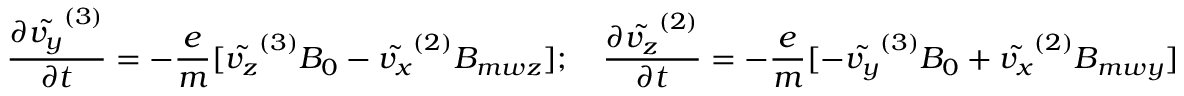
\frac { \partial \tilde { v _ { y } } ^ { ( 3 ) } } { \partial t } = - \frac { e } { m } [ \tilde { v _ { z } } ^ { ( 3 ) } B _ { 0 } - \tilde { v _ { x } } ^ { ( 2 ) } B _ { m w z } ] ; \quad \frac { \partial \tilde { v _ { z } } ^ { ( 2 ) } } { \partial t } = - \frac { e } { m } [ - \tilde { v _ { y } } ^ { ( 3 ) } B _ { 0 } + \tilde { v _ { x } } ^ { ( 2 ) } B _ { m w y } ]